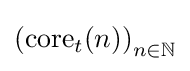
\left(\mathrm {core} _{t}(n)\right)_{n\in \mathbb {N} }